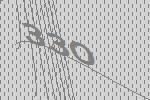
330